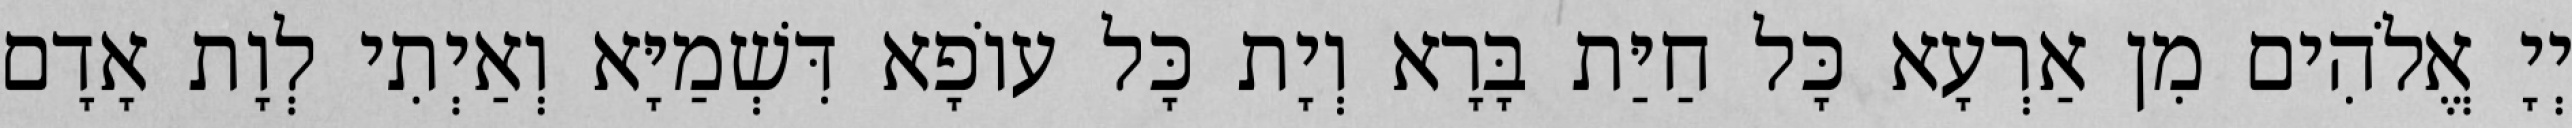
יְיָ אֱלֹהִים מִן אַרְעָא כָּל חַיַּת בָּרָא וְיָת כָּל עוֹפָא דִּשְׁמַיָּא וְאַיְתִי לְוָת אָדָם